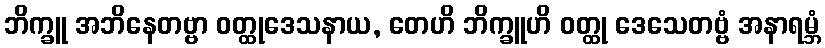
ဘိက္ခူ အဘိနေတဗ္ဗာ ဝတ္ထုဒေသနာယ, တေဟိ ဘိက္ခူဟိ ဝတ္ထု ဒေသေတဗ္ဗံ အနာရမ္ဘံ